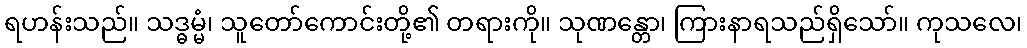
ရဟန်းသည်။ သဒ္ဓမ္မံ၊ သူတော်ကောင်းတို့၏ တရားကို။ သုဏန္တော၊ ကြားနာရသည်ရှိသော်။ ကုသလေ၊